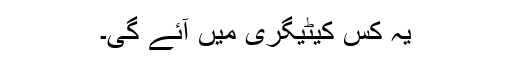
یہ کس کیٹیگری میں آئے گی۔